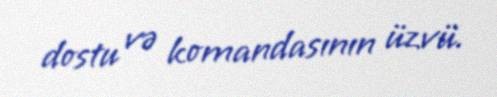
dostu və komandasının üzvü.